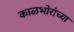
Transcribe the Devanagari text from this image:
काळभोरांच्या